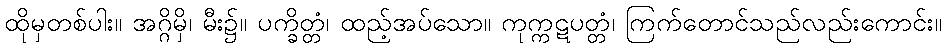
ထိုမှတစ်ပါး။ အဂ္ဂိမှိ၊ မီး၌။ ပက္ခိတ္တံ၊ ထည့်အပ်သော။ ကုက္ကဋပတ္တံ၊ ကြက်တောင်သည်လည်းကောင်း။